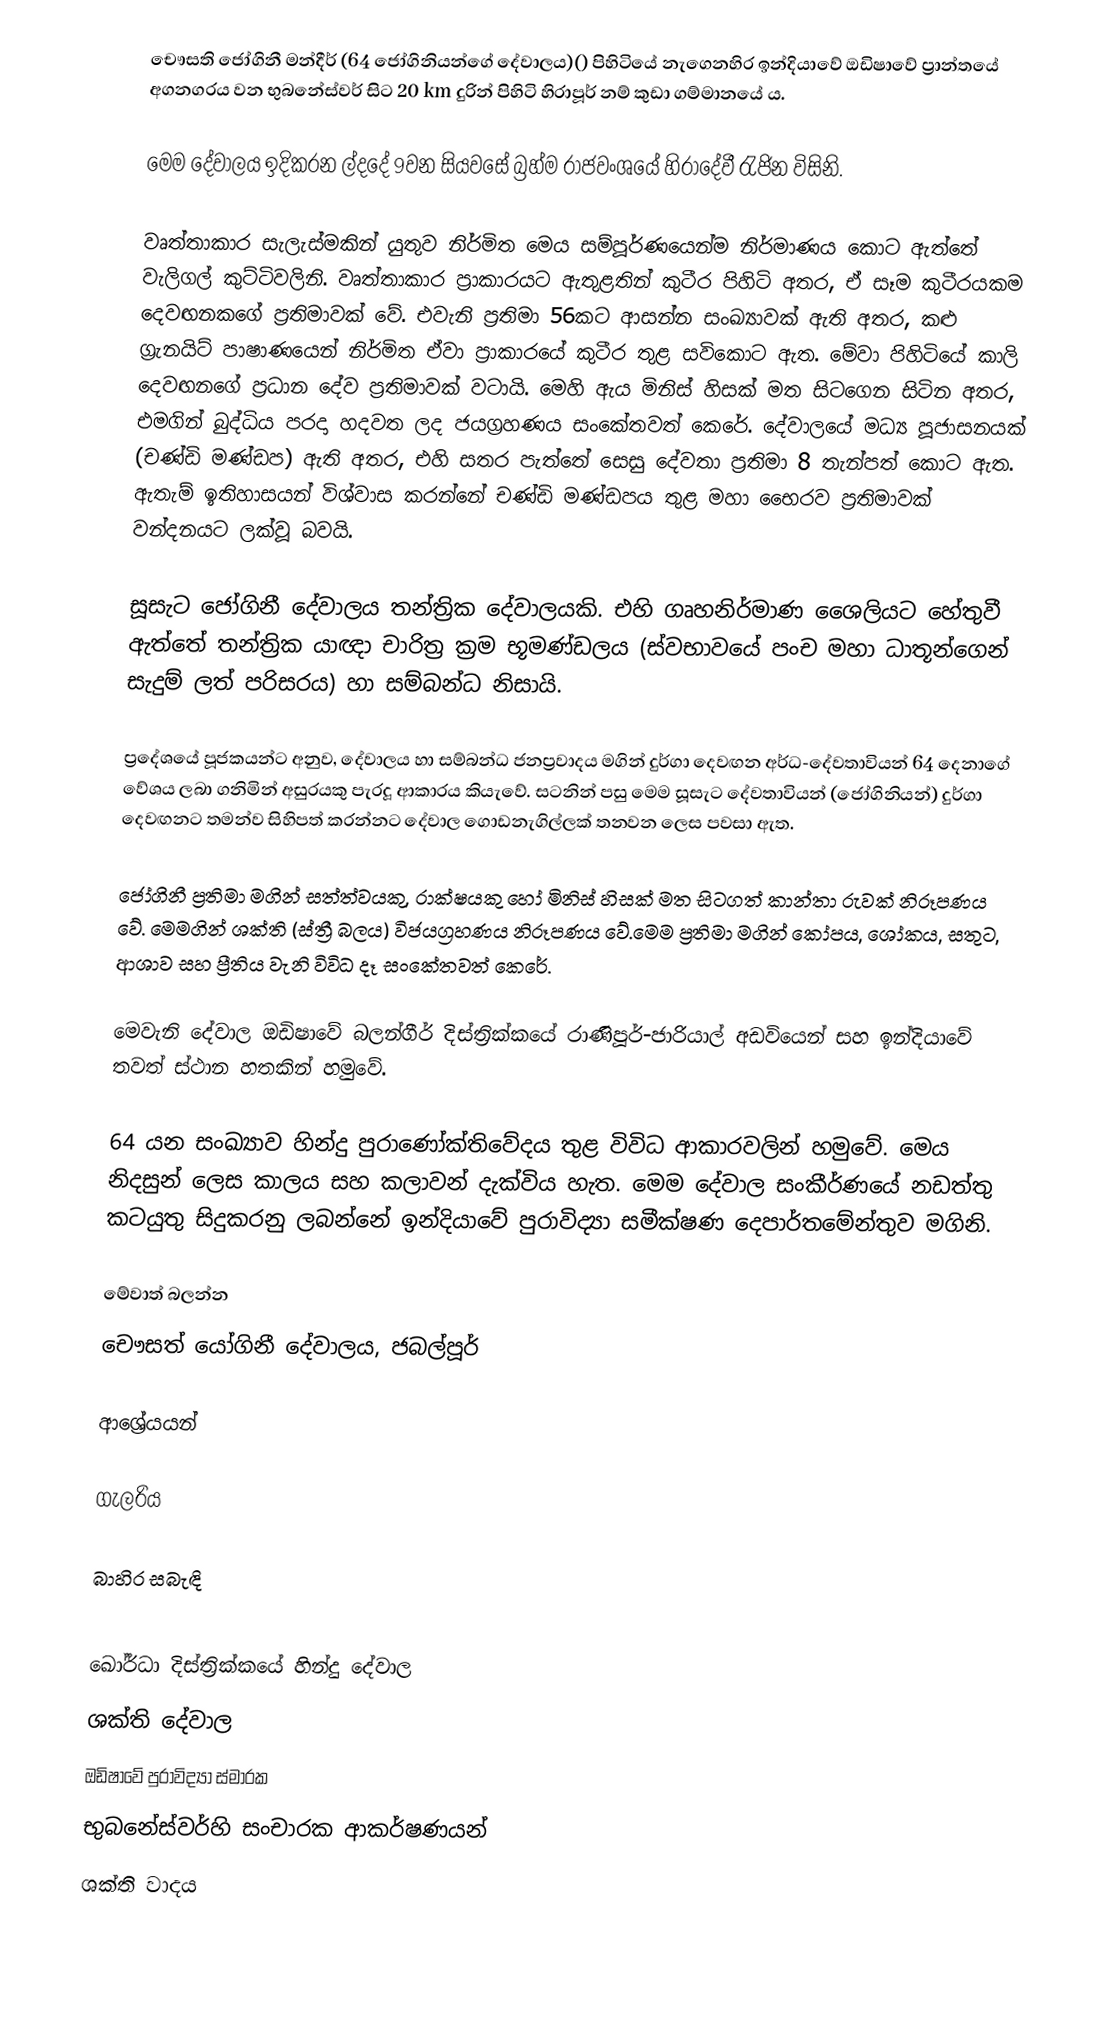
චෞසති ජෝගිනී මන්දීර් (64 ජෝගිනියන්ගේ දේවාලය)() පිහිටියේ නැගෙනහිර ඉන්දියාවේ ඔඩිෂාවේ ප්‍රාන්තයේ අගනගරය වන භුබනේස්වර් සිට 20 km දුරින් පිහිටි හිරාපූර් නම් කුඩා ගම්මානයේ ය.

මෙම දේවාලය ඉදිකරන ල්දදේ 9වන සියවසේ බ්‍රහ්ම රාජවංශයේ හිරාදේවී රැජින විසිනි.

වෘත්තාකාර සැලැස්මකින් යුතුව නිර්මිත මෙය සම්පූර්ණයෙන්ම නිර්මාණය කොට ඇත්තේ වැලිගල් කුට්ටිවලිනි. වෘත්තාකාර ප්‍රාකාරයට ඇතුළතින් කුටීර පිහිටි අතර, ඒ සෑම කුටීරයකම දෙවඟනකගේ ප්‍රතිමාවක් වේ. එවැනි ප්‍රතිමා 56කට ආසන්න සංඛ්‍යාවක් ඇති අතර, කළු ග්‍රැනයිට් පාෂාණයෙන් නිර්මිත ඒවා ප්‍රාකාරයේ කුටීර තුළ සවිකොට ඇත. මේවා පිහිටියේ කාලි දෙවඟනගේ ප්‍රධාන දේව ප්‍රතිමාවක් වටායි. මෙහි ඇය මිනිස් හිසක් මත සිටගෙන සිටින අතර, එමගින් බුද්ධිය පරදා හදවත ලද ජයග්‍රහණය සංකේතවත් කෙරේ. දේවාලයේ මධ්‍ය පූජාසනයක් (චණ්ඩි මණ්ඩප) ඇති අතර, එහි සතර පැත්තේ සෙසු දේවතා ප්‍රතිමා 8 තැන්පත් කොට ඇත. ඇතැම් ඉතිහාසයන් විශ්වාස කරන්නේ චණ්ඩි මණ්ඩපය තුළ මහා භෛරව ප්‍රතිමාවක් වන්දනයට ලක්වූ බවයි.

සූසැට ජෝගිනී දේවාලය තන්ත්‍රික දේවාලයකි. එහි ගෘහනිර්මාණ ශෛලියට හේතුවී ඇත්තේ තන්ත්‍රික යාඥා චාරිත්‍ර ක්‍රම භූමණ්ඩලය (ස්වභාවයේ පංච මහා ධාතූන්ගෙන් සැදුම් ලත් පරිසරය) හා සම්බන්ධ නිසායි.

ප්‍රදේශයේ පූජකයන්ට අනුව, දේවාලය හා සම්බන්ධ ජනප්‍රවාදය මගින් දුර්ගා දෙවඟන අර්ධ-දේවතාවියන් 64 දෙනාගේ වේශය ලබා ගනිමින් අසුරයකු පැරදූ ආකාරය කියැවේ. සටනින් පසු මෙම සූසැට දේවතාවියන් (ජෝගිනියන්) දුර්ගා දෙවඟනට තමන්ව සිහිපත් කරන්නට දේවාල ගොඩනැගිල්ලක් තනවන ලෙස පවසා ඇත.

ජෝගිනී ප්‍රතිමා මගින් සත්ත්වයකු, රාක්ෂයකු හෝ මිනිස් හිසක් මත සිටගත් කාන්තා රුවක් නිරූපණය වේ. මෙමගින් ශක්ති (ස්ත්‍රී බලය) විජයග්‍රහණය නිරූපණය වේ.මෙම ප්‍රතිමා මගින් කෝපය, ශෝකය, සතුට, ආශාව සහ ප්‍රීතිය වැනි විවිධ දෑ සංකේතවත් කෙරේ.

මෙවැනි දේවාල ඔඩිෂාවේ බලන්ගීර් දිස්ත්‍රික්කයේ රාණිපූර්-ජාරියාල් අඩවියෙන් සහ ඉන්දියාවේ තවත් ස්ථාන හතකින් හමුවේ.

64 යන සංඛ්‍යාව හින්දු පුරාණෝක්තිවේදය තුළ විවිධ ආකාරවලින් හමුවේ. මෙය නිදසුන් ලෙස කාලය සහ කලාවන් දැක්විය හැත. මෙම දේවාල සංකීර්ණයේ නඩත්තු කටයුතු සිදුකරනු ලබන්නේ ඉන්දියාවේ පුරාවිද්‍යා සමීක්ෂණ දෙපාර්තමේන්තුව මගිනි.

මේවාත් බලන්න
 චෞසත් යෝගිනී දේවාලය, ජබල්පූර්

ආශ්‍රේයයන්

ගැලරිය

බාහිර සබැඳි

ඛෝර්ධා දිස්ත්‍රික්කයේ හින්දු දේවාල
ශක්ති දේවාල
ඔඩිෂාවේ පුරාවිද්‍යා ස්මාරක
භුබනේස්වර්හි සංචාරක ආකර්ෂණයන්
ශක්ති වාදය